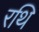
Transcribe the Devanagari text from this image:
रथि